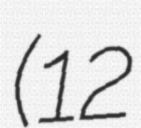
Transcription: (12